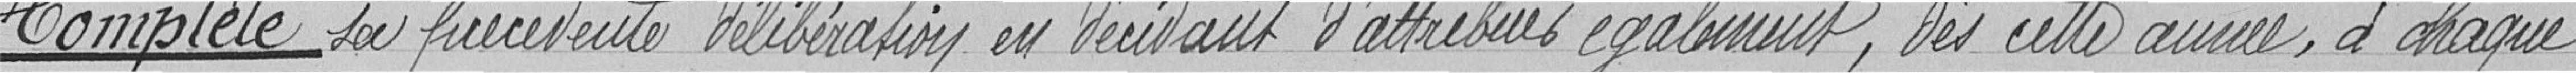
Complète sa précédente délibération en décidant d'attribuer également, dès cette année, à chaque